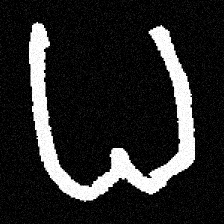
Pyu character \u2014 Myanmar letter: ဓ (romanized: dha)